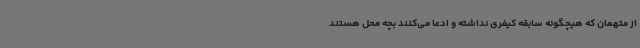
از متهمان که هیچگونه سابقه کیفری نداشته و ادعا می‌کنند بچه محل هستند